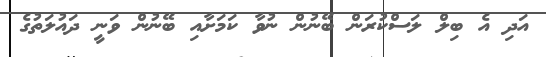
އަދި އެ ބިލް ލަސްކުރަން ބޭނުން ނުވާ ކަމަށާއި ބޭނުން ވަނީ ދައުލަތުގެ